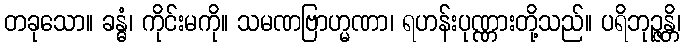
တခုသော။ ခန္ဓံ၊ ကိုင်းမကို။ သမဏဗြာဟ္မဏာ၊ ရဟန်းပုဏ္ဏားတို့သည်။ ပရိဘုဉ္ဇန္တိ၊